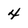
Character: 4